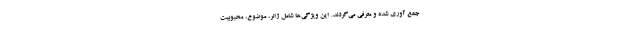
جمع آوری شده و معرفی می‌گردند. این ویژگی‌ها شامل ژانر، موضوع، محبوبیت